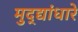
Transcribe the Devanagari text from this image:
मुद्द्यांधारे